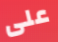
على